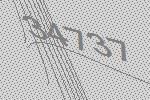
34737